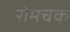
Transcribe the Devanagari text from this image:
रोमचक